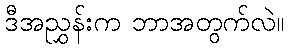
ဒီအညွှန်းက ဘာအတွက်လဲ။